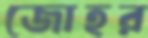
জোহর